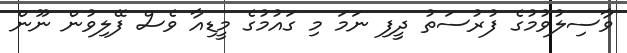
ވާސިލުވުމުގެ ފުރުސަތު ދީފި ނަމަ މި ގައުމުގެ މީޑިއާ ވެސް ފޭލިވުން ނޫން